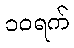
၁၀ရက်